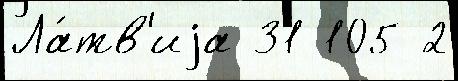
Ла́тв'иjа 31 105 2